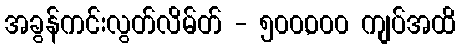
အခွန်ကင်းလွတ်လိမ်တ် - ၅၀၀,၀၀၀ ကျပ်အထိ